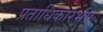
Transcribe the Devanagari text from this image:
प्रताधिकारभंग